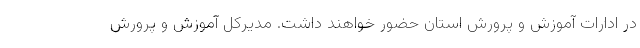
در ادارات آموزش و پرورش استان حضور خواهند داشت. مدیرکل آموزش و پرورش